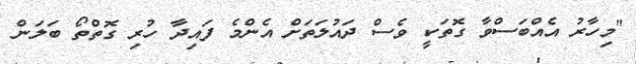
"މިހާރު އެއްބަސްވާ ގޮތަކީ ވެސް ދައުލަތަށް އެންމެ ފައިދާ ހުރި ގޮތްތޯ ބަލަން